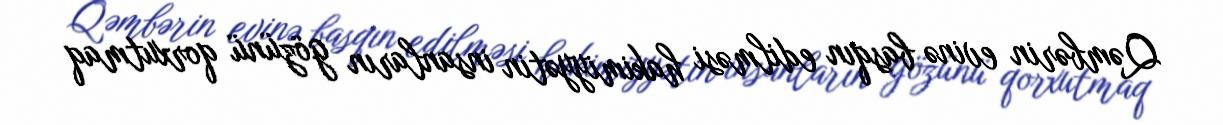
Qəmbərin evinə basqın edilməsi hakimiyyətin insanların gözünü qorxutmaq